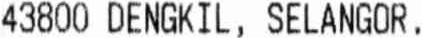
43800 DENGKIL, SELANGOR.